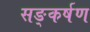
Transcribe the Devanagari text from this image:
सङ्कर्षण